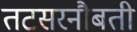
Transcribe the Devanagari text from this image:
तटसरनौबती